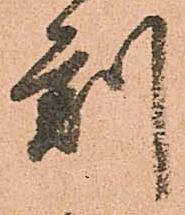
刻